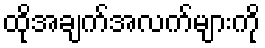
ထိုအချက်အလက်များကို